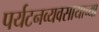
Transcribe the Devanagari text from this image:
पर्यटनव्यवसायाच्या